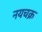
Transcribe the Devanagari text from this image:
नयचक्र